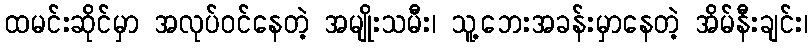
ထမင်းဆိုင်မှာ အလုပ်ဝင်နေတဲ့ အမျိုးသမီး၊ သူ့ဘေးအခန်းမှာနေတဲ့ အိမ်နီးချင်း၊